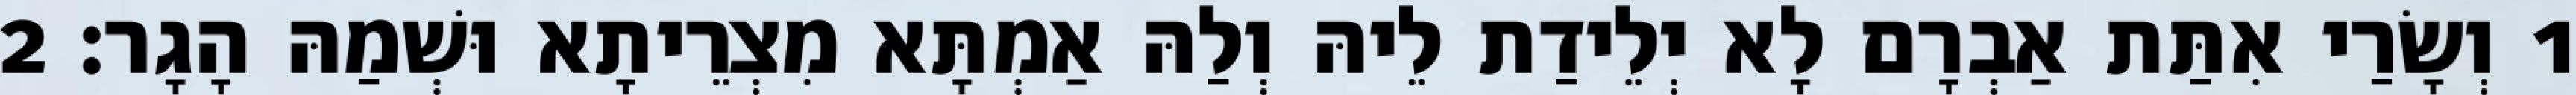
1 וְשָׂרַי אִתַּת אַבְרָם לָא יְלֵידַת לֵיהּ וְלַהּ אַמְתָּא מִצְרֵיתָא וּשְׁמַהּ הָגָר׃ 2